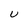
Character: U